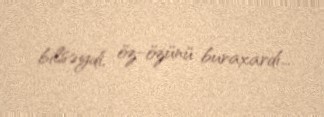
bilsəydi, öz-özünü buraxardı...